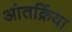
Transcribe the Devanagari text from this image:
आंतर्क्रिया